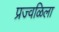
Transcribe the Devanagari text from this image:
प्रज्वळिला